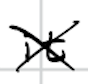
Text: it
Cross-out: mix
Writing tool: digital_black